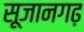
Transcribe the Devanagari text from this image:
सूजानगढ़